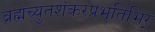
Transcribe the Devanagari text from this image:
ब्रह्मच्युतशंकरप्रभृतिभिर्‌